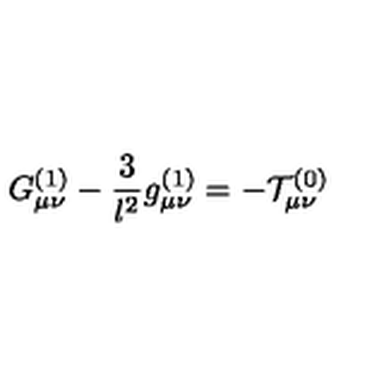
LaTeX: G _ { \mu \nu } ^ { ( 1 ) } - \frac { 3 } { l ^ { 2 } } g _ { \mu \nu } ^ { ( 1 ) } = - { \cal T } _ { \mu \nu } ^ { ( 0 ) }